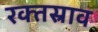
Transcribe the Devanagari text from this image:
रक्‍तस्राव